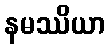
နမဿိယာ